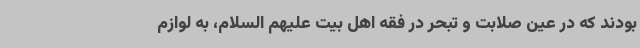
بودند که در عین صلابت و تبحر در فقه اهل بیت علیهم السلام، به لوازم